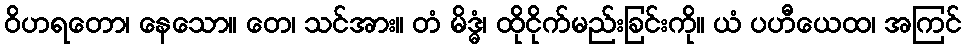
ဝိဟရတော၊ နေသော။ တေ၊ သင်အား။ တံ မိဒ္ဓံ၊ ထိုငိုက်မည်းခြင်းကို။ ယံ ပဟီယေထ၊ အကြင်